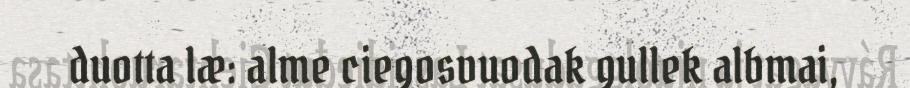
duotta læ: alme ciegosvuodak gullek albmai,